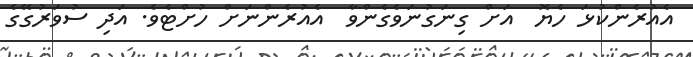
އެއުރެންކުޅަ ހެޔޮ  އަށް ގިނަގުނަވެގެންވާ  އެއުރެންނަށް ހުށްޓެވެ. އަދި ސުވަރުގޭގެ